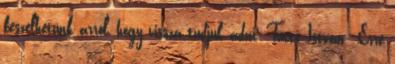
beszélhetünk arról, hogy vissza tudjuk adni. Tüttő István: Erre